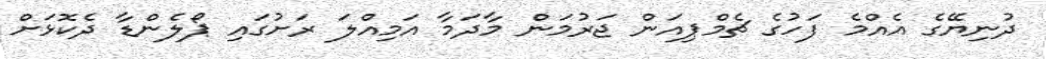
ދުނިޔޭގެ އެއްމެ ފަހުގެ ޗެމްޕިއަން ޖަރުމަން މާދަމާ އަމިއްލަ ރަށުގައި ޕޯލެންޑާ ދެކޮޅަށް